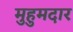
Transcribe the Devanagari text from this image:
मुहुमदार